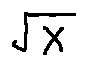
\sqrt { x }